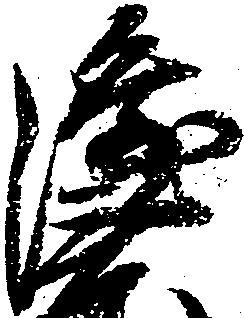
隆